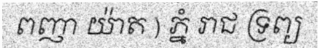
ពញា យ៉ាត ) ភ្នំ រាជ ទ្រព្យ